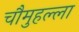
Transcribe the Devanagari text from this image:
चौमुहल्ला